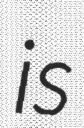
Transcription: is